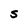
Character: S